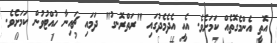
އޮތީ އެންމެގޮތެއް ކަމަށެވެ. އެއީ އެދެމެދުގައި "ރަތްރޮނގު" ދަމައި ޗައިނާ ހުއްޓުވުން ކަމަށެވެ.